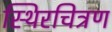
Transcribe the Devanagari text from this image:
स्थिरचित्रण